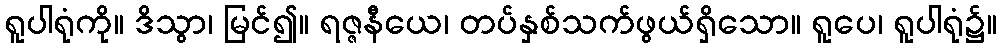
ရူပါရုံကို။ ဒိသွာ၊ မြင်၍။ ရဇ္ဇနီယေ၊ တပ်နှစ်သက်ဖွယ်ရှိသော။ ရူပေ၊ ရူပါရုံ၌။